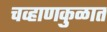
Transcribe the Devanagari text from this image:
चव्हाणकुळात